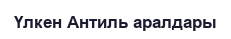
Үлкен Антиль аралдары